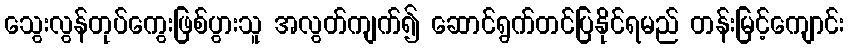
သွေးလွန်တုပ်ကွေးဖြစ်ပွားသူ အလွတ်ကျက်၍ ဆောင်ရွက်တင်ပြနိုင်ရမည် တန်းမြင့်ကျောင်း